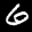
Label: 6